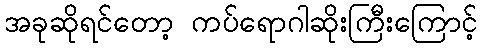
အခုဆိုရင်တော့ ကပ်ရောဂါဆိုးကြီးကြောင့်